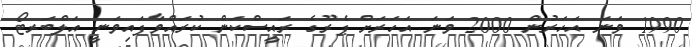
1990 ވަނަ އަހަރުން 2000 ވަނަ އަހަރަށް ޕެރޫގެ ރައީސްކަން ކުރައްވާފައިވަނީ އަލްބަރޓޯ